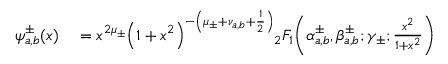
\begin{array} { r l } { \psi _ { a , b } ^ { \pm } ( x ) } & { { } = x ^ { 2 \mu _ { \pm } } { \left( 1 + x ^ { 2 } \right) } ^ { - \left( \mu _ { \pm } + \nu _ { a , b } + \frac { 1 } { 2 } \right) } { } _ { 2 } F _ { 1 } \! \left( \alpha _ { a , b } ^ { \pm } , \beta _ { a , b } ^ { \pm } ; \gamma _ { \pm } ; \frac { x ^ { 2 } } { 1 + x ^ { 2 } } \right) } \end{array}